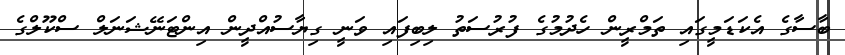
ބާސާގެ އެކަޑަމީގައި ތަމްރީން ހެދުމުގެ ފުރުސަތު ލިބިފައި ވަނީ ގިޔާސުއްދީން އިންޓަނޭޝަނަލް ސްކޫލްގެ